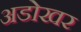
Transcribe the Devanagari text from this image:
अडोखर